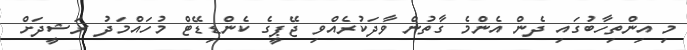
މި އިންތިހާބުގައި ދެން އެންމެ ގާތުން ވާދަކުރެއްވި ޖޭޕީީގެ ކެންޑިޑޭޓް މުހައްމަދު ރަޝީދަށް